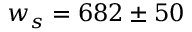
w _ { s } = 6 8 2 \pm 5 0